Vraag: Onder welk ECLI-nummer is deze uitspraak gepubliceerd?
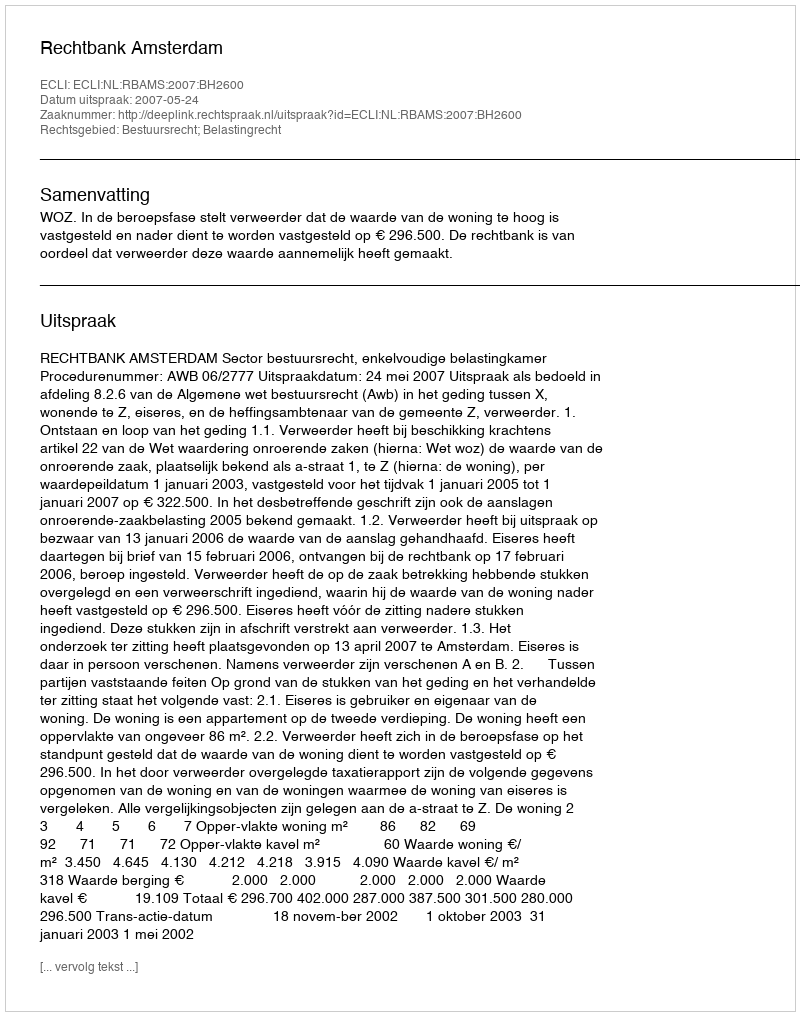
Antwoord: ECLI:NL:RBAMS:2007:BH2600